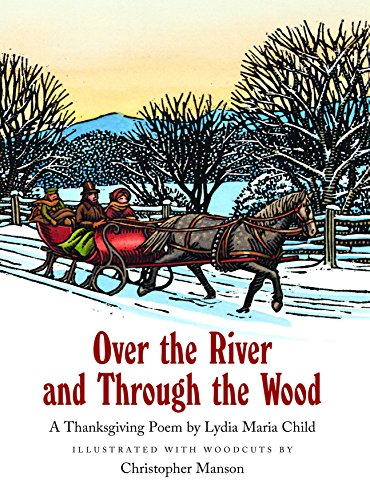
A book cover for Over the River and Through the Wood; Lydia Maria Child; Children's Books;